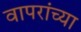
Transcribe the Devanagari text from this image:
वापरांच्या